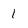
Character: I